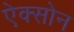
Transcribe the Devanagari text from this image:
ऐक्सोन